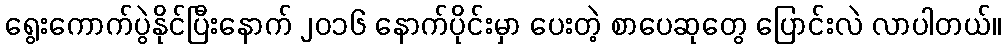
ရွေးကောက်ပွဲနိုင်ပြီးနောက် ၂၀၁၆ နောက်ပိုင်းမှာ ပေးတဲ့ စာပေဆုတွေ ပြောင်းလဲ လာပါတယ်။